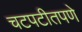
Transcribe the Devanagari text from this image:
चटपटीतपणे